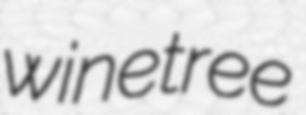
winetree